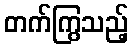
တက်ကြွသည့်